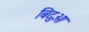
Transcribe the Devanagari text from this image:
बिदुओ